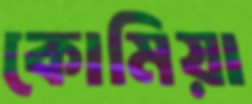
কোমিয়া